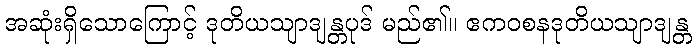
အဆုံးရှိသောကြောင့် ဒုတိယသျာဒျန္တပုဒ် မည်၏။ ဧကဝစနဒုတိယသျာဒျန္တ